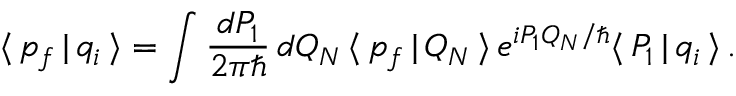
\langle \, p _ { f } \, | \, q _ { i } \, \rangle = \int \frac { d P _ { 1 } } { 2 \pi \hbar } \, d Q _ { N } \, \langle \, p _ { f } \, | \, Q _ { N } \, \rangle \, e ^ { i P _ { 1 } Q _ { N } / \hbar } \langle \, P _ { 1 } \, | \, q _ { i } \, \rangle \, .